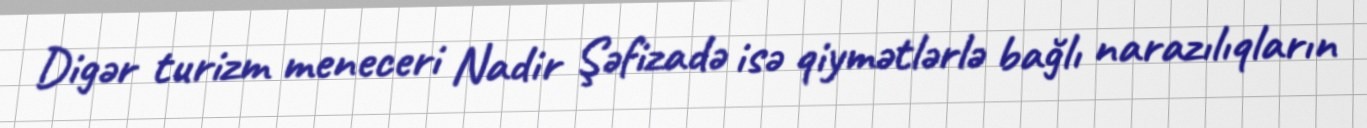
Digər turizm meneceri Nadir Şəfizadə isə qiymətlərlə bağlı narazılıqların